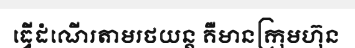
ធ្វើដំណើរតាមរថយន្ត គឺមានក្រុមហ៊ុន